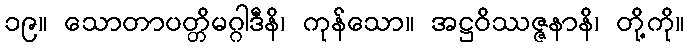
၁၉။ သောတာပတ္တိမဂ္ဂါဒီနိ၊ ကုန်သော။ အဋ္ဌဝိဿဇ္ဇနာနိ၊ တို့ကို။